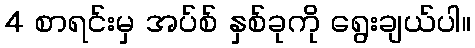
4 စာရင်းမှ အပ်စ် နှစ်ခုကို ရွေးချယ်ပါ။